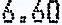
6.60